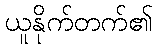
ယူနိုက်တက်၏